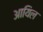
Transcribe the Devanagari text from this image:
आयिल